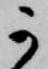
可